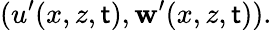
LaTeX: (u^{\prime}(x,z,\mathsf{t}),\mathbf{w}^{\prime}(x,z,\mathsf{t})).